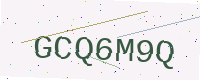
Text: GCQ6M9Q